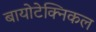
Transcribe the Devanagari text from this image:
बायोटेक्निकल